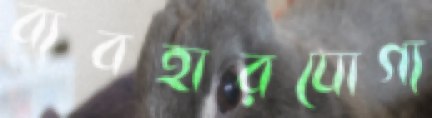
ব্যবহারযোগ্য